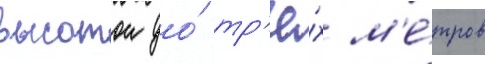
высотои до́ тр'ё́х м'е́тров